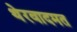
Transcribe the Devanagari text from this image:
थेरवादमत